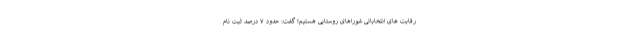
رقابت های انتخاباتی شوراهای روستایی هستیم؛ گفت: حدود ۷ درصد ثبت نام